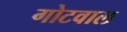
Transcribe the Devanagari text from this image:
गोटवाल